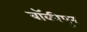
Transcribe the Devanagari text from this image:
बॉकीपुर